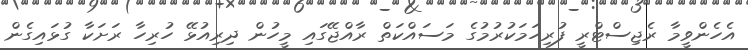
އެހެންވީމާ ރެޖިސްޓްރީ ފުރިހަމަކުރުމުގެ މަސައްކަތް ރާއްޖޭގައި މީހުން ދިރިއުޅޭ ހުރިހާ ރަށަކާ ގުޅައިގެން